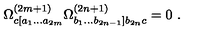
\Omega _ { c [ a _ { 1 } \ldots a _ { 2 m } } ^ { ( 2 m + 1 ) } \Omega _ { b _ { 1 } \ldots b _ { 2 n - 1 } ] b _ { 2 n } c } ^ { ( 2 n + 1 ) } = 0 \ .